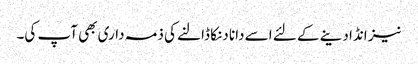
نیز انڈا دینے کے لئے اسے دانا دنکا ڈالنے کی ذمہ داری بھی آپ کی۔